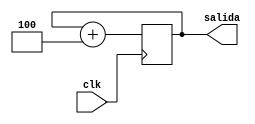
module fetch
(
	input clk,
	output [7:0] salida
);

reg [7:0] pc;
initial begin
	pc = -4;
end

always @(posedge clk)begin
	pc <= pc+8'd4;
end

assign salida = pc;

endmodule